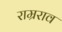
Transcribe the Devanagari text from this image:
राम्रराव